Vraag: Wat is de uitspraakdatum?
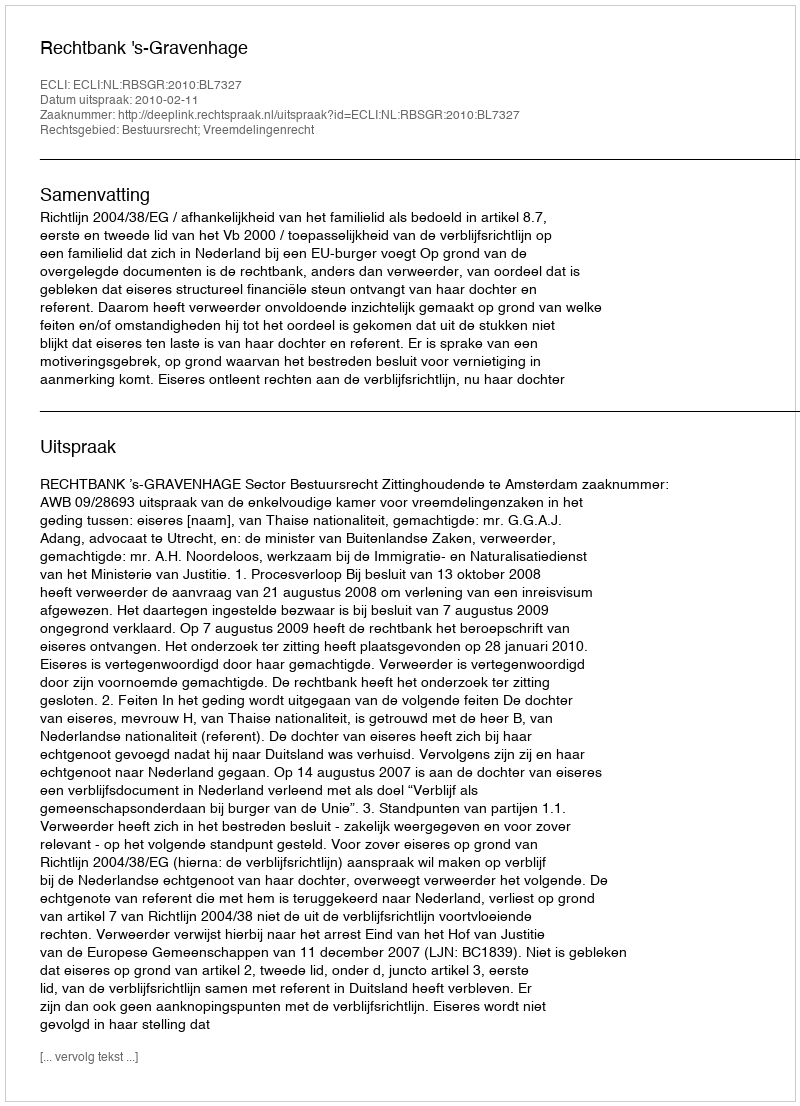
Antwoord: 2010-02-11